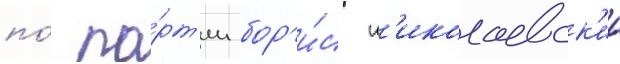
по́ па́рт'ии бор'и́с н'иколаевск'ии